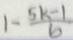
1 - \frac { 5 k - 1 } { b }